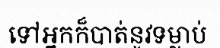
ទៅអ្នកក៏បាត់នូវទម្លាប់